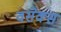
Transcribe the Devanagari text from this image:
वसेक्स